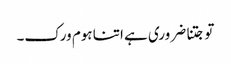
تو جتنا ضروری ہے اتنا ہوم ورک۔